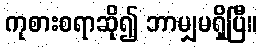
ကုစားစရာဆို၍ ဘာမျှမရှိပြီ။